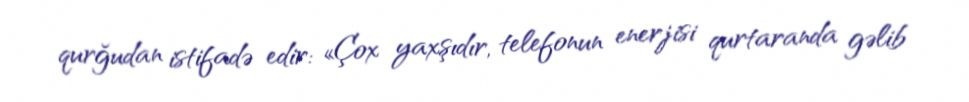
qurğudan istifadə edir: «Çox yaxşıdır, telefonun enerjisi qurtaranda gəlib